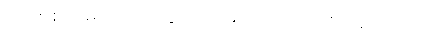
သင့်စစ်တမ်းများအတွက် အချက်အလက်စုဆောင်းပါ။